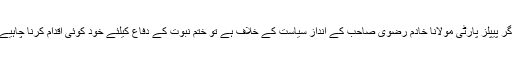
اگر پیپلز پارٹی مولانا خادم رضوی صاحب کے اندازِ سیاست کے خلاف ہے تو ختمِ نبوت کے دفاع کیلئے خود کوئی اقدام کرنا چاہیے۔